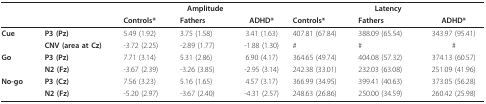
<table><thead><tr><td></td><td></td><td colspan="3"><b>Amplitude</b></td><td colspan="3"><b>Latency</b></td></tr><tr><td></td><td></td><td><b>Controls*</b></td><td><b>Fathers</b></td><td><b>ADHD*</b></td><td><b>Controls*</b></td><td><b>Fathers</b></td><td><b>ADHD*</b></td></tr></thead><tbody><tr><td><b>Cue</b></td><td><b>P3 (Pz)</b></td><td>5.49 (1.92)</td><td>3.75 (1.58)</td><td>3.41 (1.63)</td><td>407.81 (67.84)</td><td>388.09 (65.54)</td><td>343.97 (95.41)</td></tr><tr><td></td><td><b>CNV (area at Cz)</b></td><td>-3.72 (2.25)</td><td>-2.89 (1.77)</td><td>-1.88 (1.30)</td><td>#</td><td>#</td><td>#</td></tr><tr><td><b>Go</b></td><td><b>P3 (Pz)</b></td><td>7.71 (3.14)</td><td>5.31 (2.86)</td><td>6.90 (4.17)</td><td>364.65 (49.74)</td><td>404.08 (57.32)</td><td>374.13 (60.57)</td></tr><tr><td></td><td><b>N2 (Fz)</b></td><td>-3.67 (2.39)</td><td>-3.26 (3.85)</td><td>-2.95 (3.14)</td><td>242.38 (33.01)</td><td>232.03 (63.08)</td><td>251.09 (41.96)</td></tr><tr><td><b>No-go</b></td><td><b>P3 (Cz)</b></td><td>7.56 (3.23)</td><td>5.16 (1.65)</td><td>4.57 (3.17)</td><td>366.99 (34.95)</td><td>399.41 (40.63)</td><td>373.05 (56.28)</td></tr><tr><td></td><td><b>N2 (Fz)</b></td><td>-5.20 (2.97)</td><td>-3.67 (2.40)</td><td>-4.31 (2.57)</td><td>248.63 (26.86)</td><td>250.00 (34.59)</td><td>260.42 (25.98)</td></tr></tbody></table>